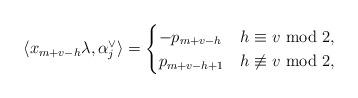
LaTeX: \begin{align*}\langle x_{m+v-h}\lambda, \alpha_j^\vee \rangle =\begin{cases}-p_{m+v-{h}} & {h} \equiv v \ \mathrm{mod} \ 2,\\p_{m+v-{h}+1} & {h} \not \equiv v \ \mathrm{mod} \ 2,\end{cases}\end{align*}